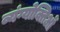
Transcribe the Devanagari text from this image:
व्यंग्योक्तिओं